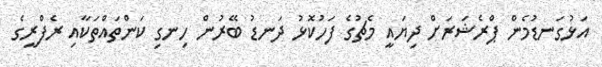
އަޅުގަނޑުމެން ޕްރެޝަރަށް ދިޔައީ މެޗުގެ ފަހުކޮޅު ދަނޑު ބޭރުން ހިނގި ކަންތައްތަކާއި ރެފްރީގެ